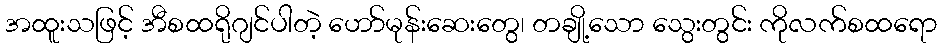
အထူးသဖြင့် အီစထရိုဂျင်ပါတဲ့ ဟော်မုန်းဆေးတွေ၊ တချို့သော သွေးတွင်း ကိုလက်စထရော